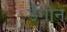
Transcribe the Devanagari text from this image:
डैंगीन